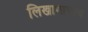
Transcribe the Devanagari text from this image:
लिखाणाचाच